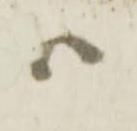
ハ